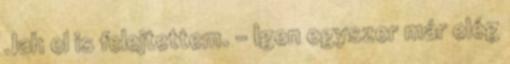
Jah el is felejtettem. - Igen egyszer már elég